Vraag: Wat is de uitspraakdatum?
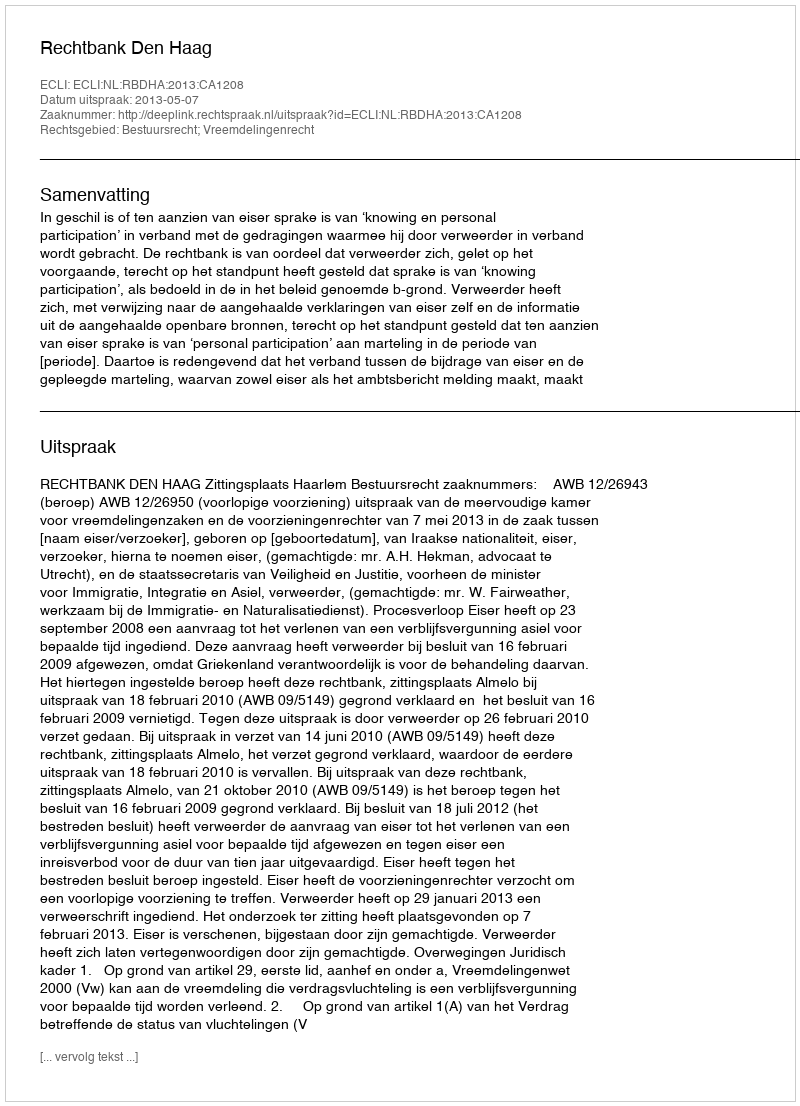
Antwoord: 2013-05-07